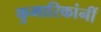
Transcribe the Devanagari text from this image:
कुमारिकांनीं